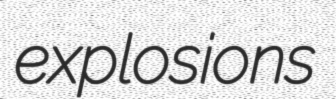
explosions